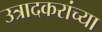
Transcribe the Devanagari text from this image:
उत्रादकरांच्या